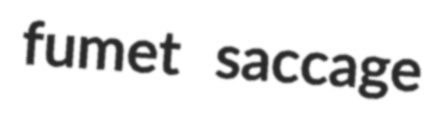
fumet saccage